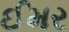
ઈમર